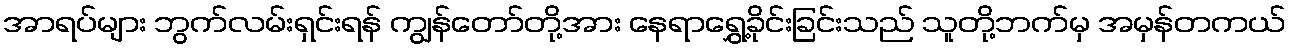
အာရပ်များ ဘွက်လမ်းရှင်းရန် ကျွန်တော်တို့အား နေရာရွှေ့ခိုင်းခြင်းသည် သူတို့ဘက်မှ အမှန်တကယ်